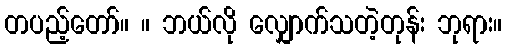
တပည့်တော်။ ။ ဘယ်လို လျှောက်သတဲ့တုန်း ဘုရား။